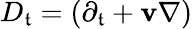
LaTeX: D_{\mathfrak{t}}=(\partial_{\mathfrak{t}}+\mathbf{v}\nabla)